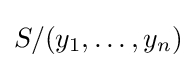
S/(y_{1},\dots ,y_{n})